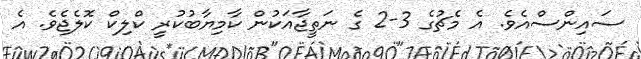
ސައިންސްއެވެ. އެ މެޗުގެ 3-2 ގެ ނަތީޖާއަކުން ކާމިޔާބުކުރީ ކްލިކް ކޮލެޖެވެ. އެ